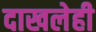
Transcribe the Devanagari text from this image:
दाखलेही